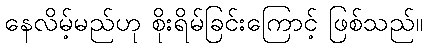
နေလိမ့်မည်ဟု စိုးရိမ်ခြင်းကြောင့် ဖြစ်သည်။